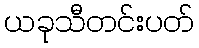
ယခုသီတင်းပတ်